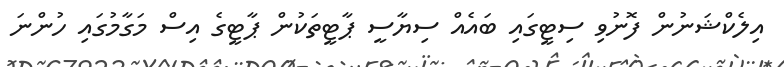
އިލެކްޝަނުން ފޮނުވި ސިޓީގައި ބައެއް ސިޔާސީ ޕާޓީތަކުން ޕާޓީގެ އިސް މަގާމުގައި ހުންނަ